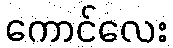
ကောင်လေး